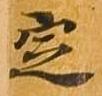
定